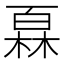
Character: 𤾓